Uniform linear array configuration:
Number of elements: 4
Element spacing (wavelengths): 1
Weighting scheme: blackman
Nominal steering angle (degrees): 15
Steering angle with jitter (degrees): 16.296
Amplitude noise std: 0.05
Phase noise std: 0.05

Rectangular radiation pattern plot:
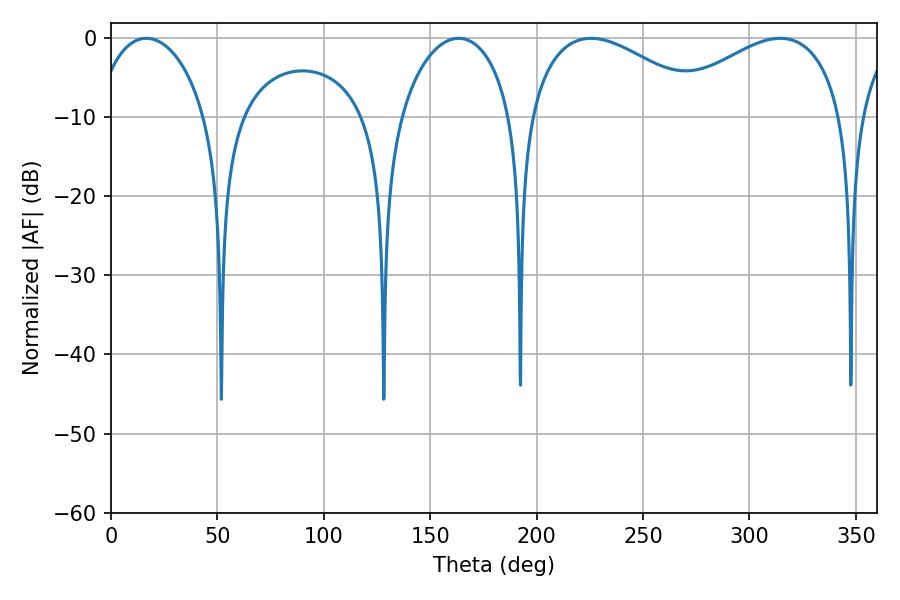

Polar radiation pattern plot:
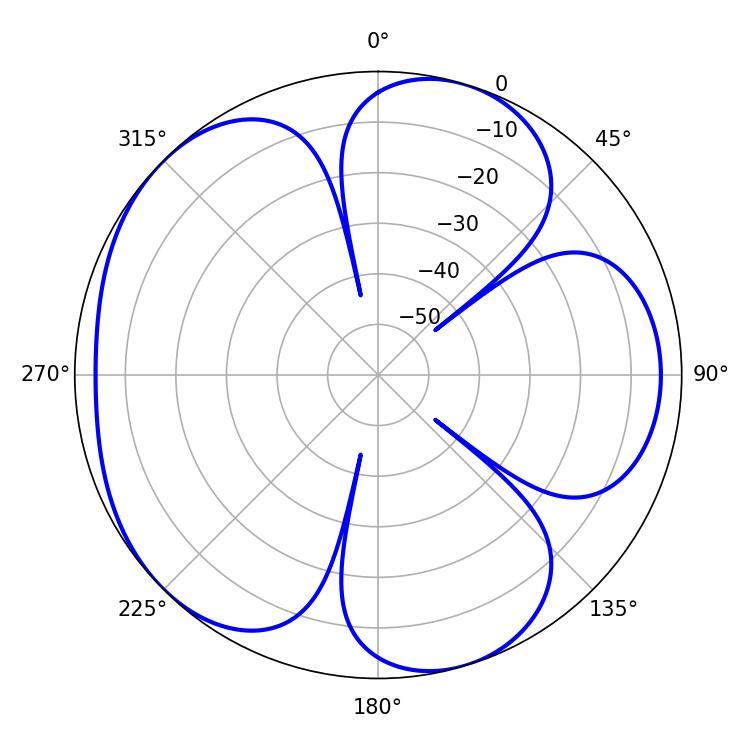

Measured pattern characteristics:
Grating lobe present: TRUE
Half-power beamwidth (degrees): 46.8
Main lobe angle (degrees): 225.54